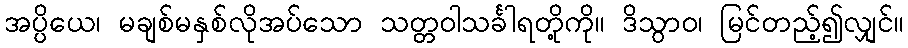
အပ္ပိယေ၊ မချစ်မနှစ်လိုအပ်သော သတ္တဝါသင်္ခါရတို့ကို။ ဒိသွာဝ၊ မြင်တည့်၍လျှင်။